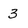
Character: 3